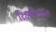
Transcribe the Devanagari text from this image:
रिझविणारा